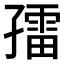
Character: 𱚀